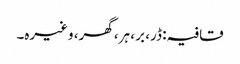
قافیہ: ڈر، بر ، ہر، گھر، وغیرہ۔